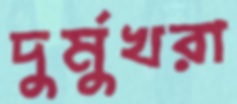
দুর্মুখরা